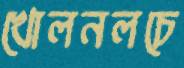
খোলনলচে